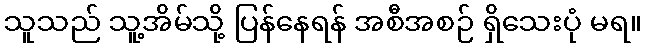
သူသည် သူ့အိမ်သို့ ပြန်နေရန် အစီအစဉ် ရှိသေးပုံ မရ။